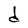
Character: d